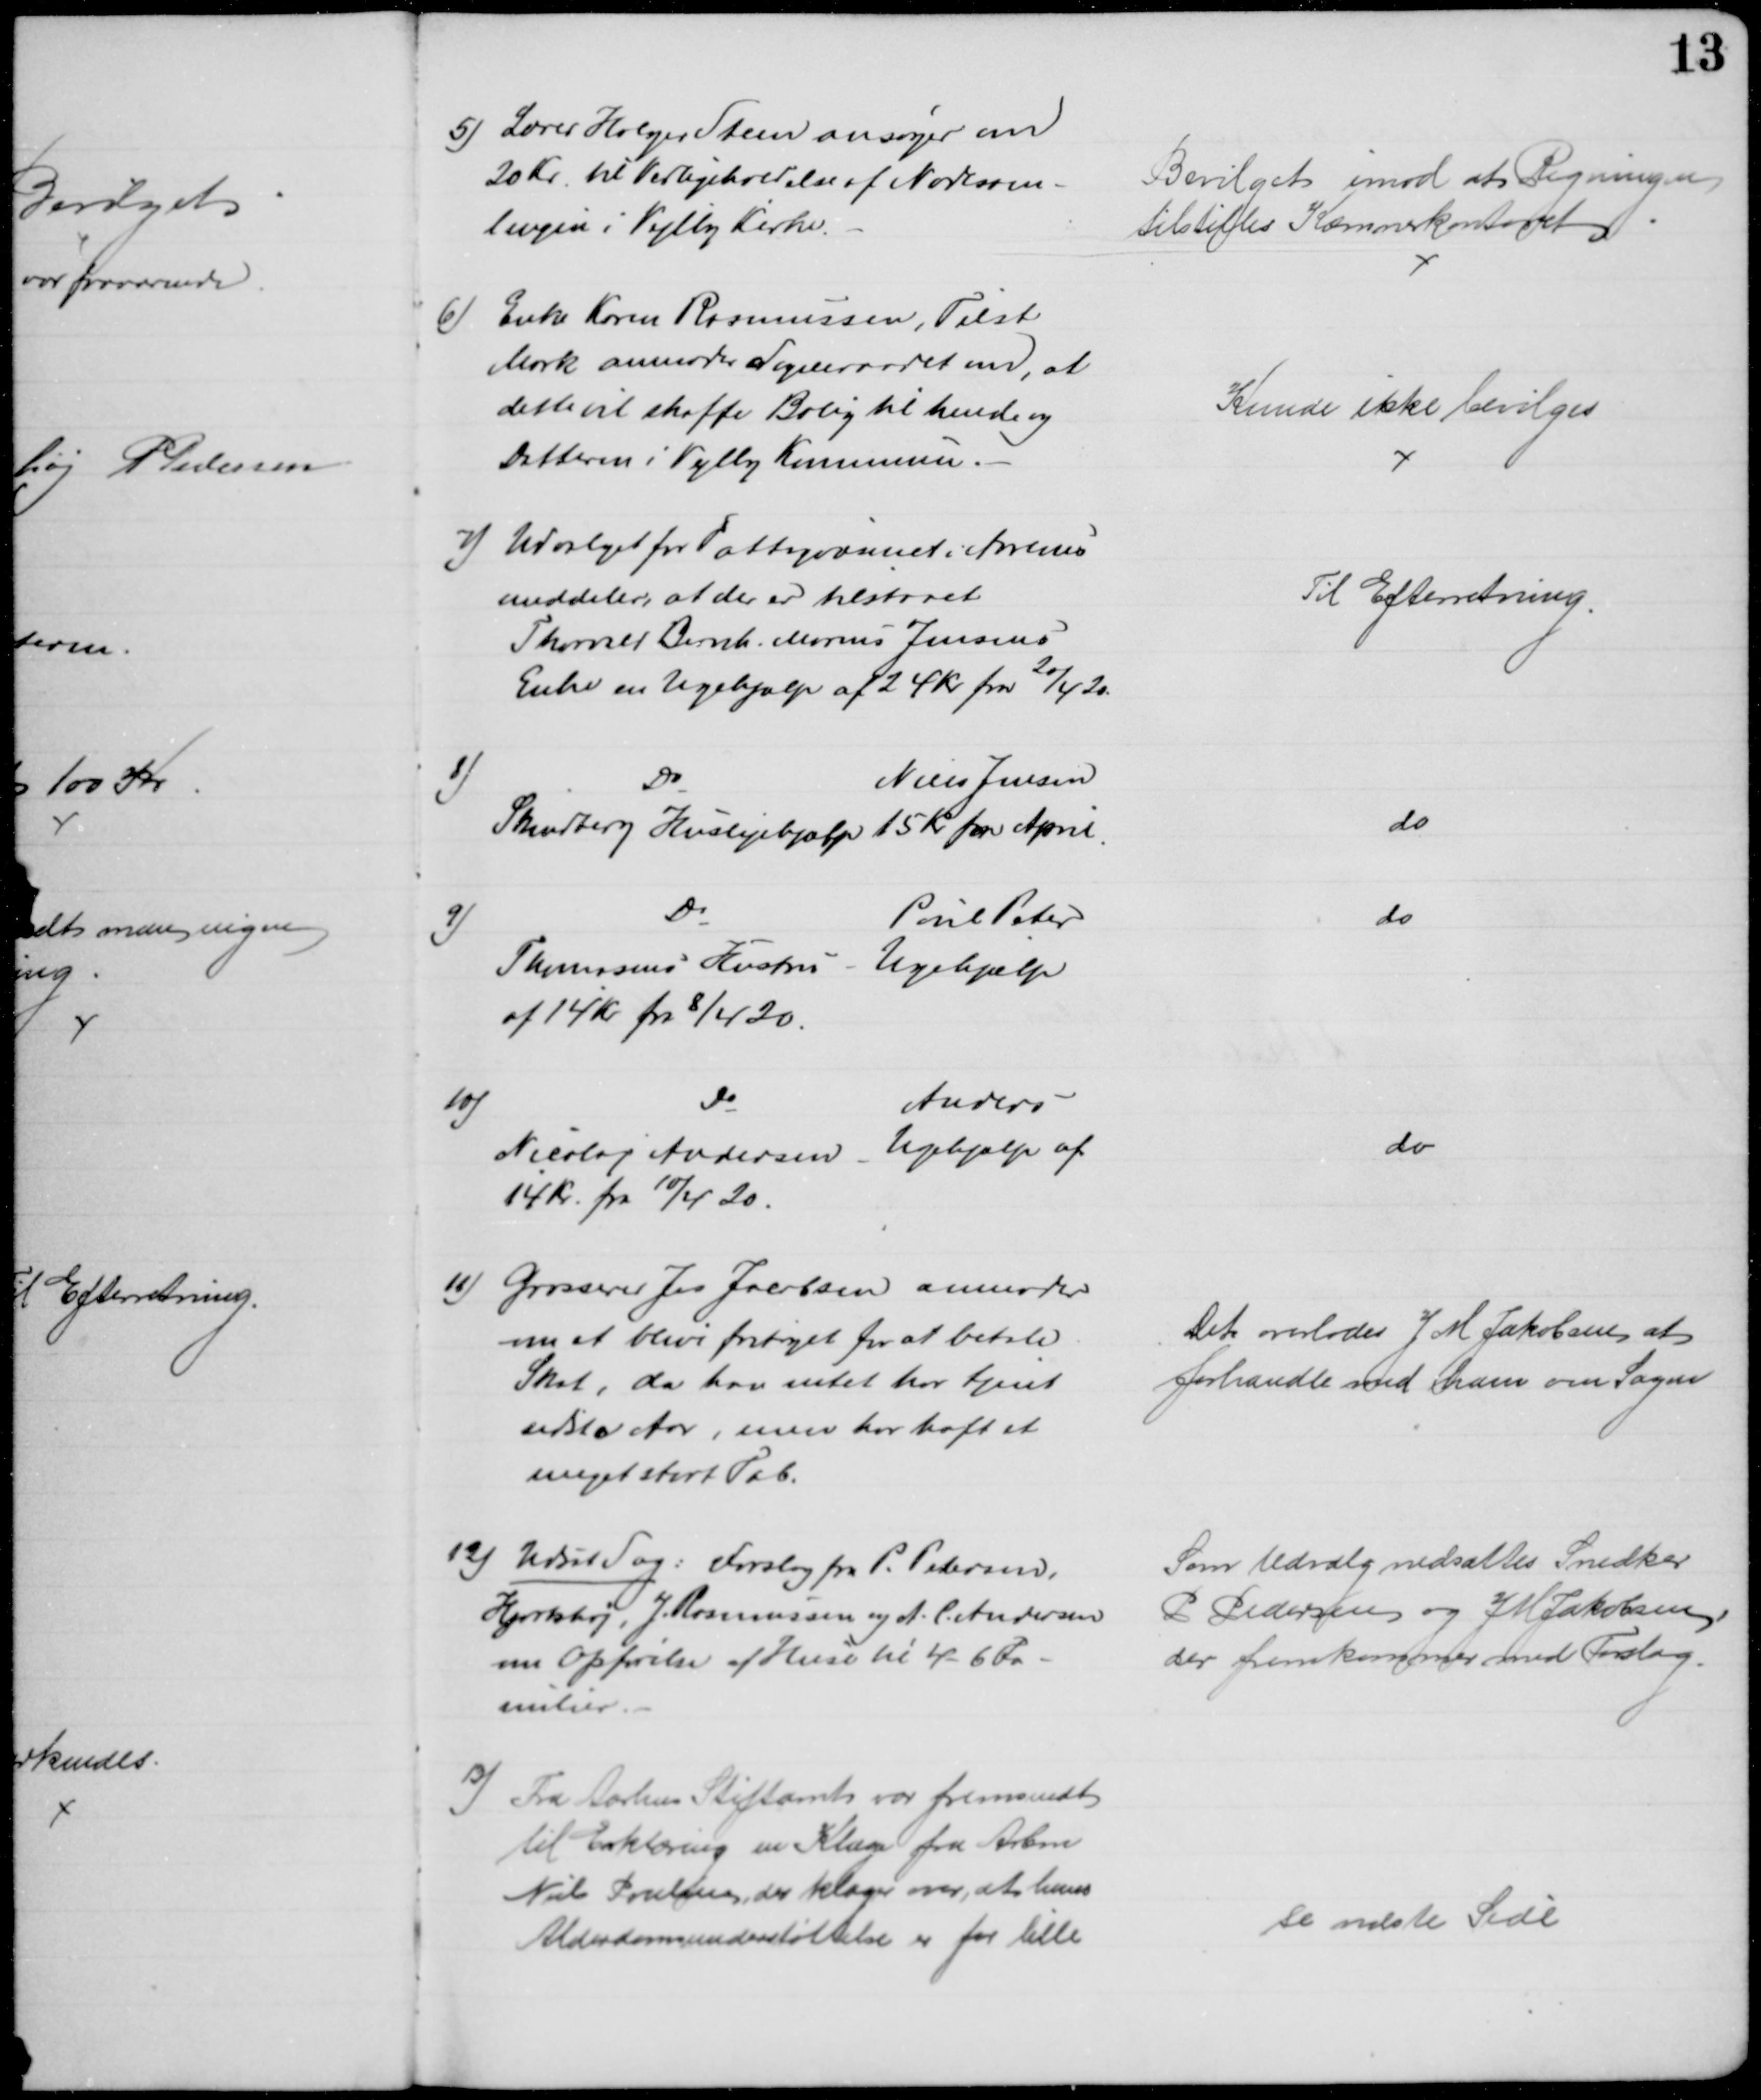
Transskription:
5) Lærer Holger Steen ansøger om
20 Kr. til Vedligeholdelse af Nodesam-
lingen i Vejlby Kirke.
Bevilget imod at Regningen
tilstilles Kæmnerkontoret
6) Enke Karen Rasmussen, Tilst
Mark anmoder Sogneraadet om, at
dette at skaffe Bolig til hende og 
Datteren i Vejlby Kommune.
Kunde ikke bevilges
7) Udvalget for Fattigvæsenet i Aarhus
meddeler, at der er tilstaaet
Thorvald Bernh. Marius Jensens
Enke en Ugehjælp af 24 Kr fra 20/4 20.
Til Efterretning.
8)
Do
Niels Jensen
Skindberg Huslejehjælp 15 Kr for April
do
9)
Do
Poul Peter
Thomsens Hustru - Ugehjælp
af 14 kr fra 8/4 20.
do
10)
Do
Anders
Nicolaj Andersen Ugehjælp af
14 Kr. fra 10/4 20
do
11) Grosserer Jes Jacobsen anmoder
om at blive fritaget for at betale
Skat, da har intet har tjent
sidste Aar, men har haft et
meget stort Tab.
Det overlodes J. M. Jakobsen at
forhandle med ham om Sagen 
12) Udsat Sag: Forslag fra P. Pedersen,
Hjortshøj, J. Rasmussen og A. C. Andersen
om Opførelse af Huse til 4 - 6 Fa-
milier
Som Udvalg nedsattes Snedker
P Pedersen og J M Jakobsen,
der fremkommer med Forslag.
13) 
Fra Aarhus Stiftamt var fremsendt
til Erklæring en Klage fra Arbm
Niels Poulsen, der klager over, at hans
Alderdomsunderstøttelse er for lille
se næste Side